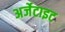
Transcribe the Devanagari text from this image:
अर्जेटाइट